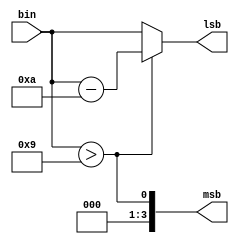
module bin2bcd4bit(msb,lsb,bin);
input [3:0]bin;
output [3:0]msb,lsb;

assign msb = bin>9;
assign lsb = msb ? bin-10 : bin;

endmodule